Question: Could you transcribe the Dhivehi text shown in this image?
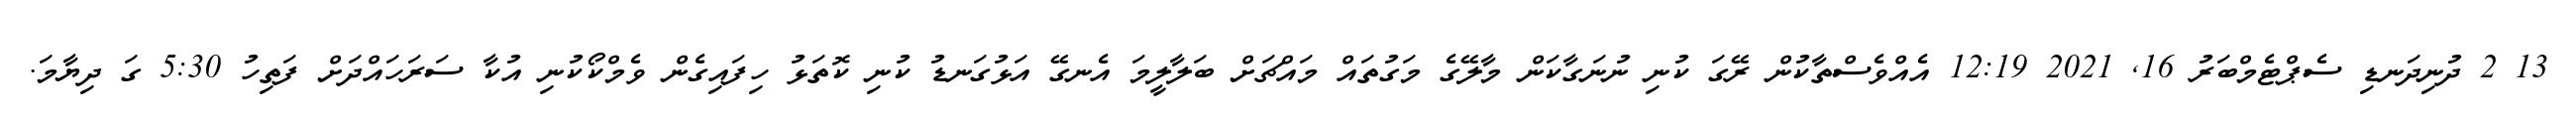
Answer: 13 2 ދުނިދަނޑި ސެޕްޓެމްބަރު 16, 2021 12:19 އެއްވެސްތާކުން ރޭގަ ކުނި ނުނަގާކަން މާލޭގެ މަގުތައް މައްޗަށް ބަލާލީމަ އެނގޭ އަޅުގަނޑު ކުނި ކޮތަޅު ހިފައިގެން ވެމްކޯކުނި އުކާ ސަރަހައްދަށް ފަތިހު 5:30 ގަ ދިޔާމަ.